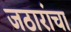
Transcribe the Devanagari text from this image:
जठारांचा